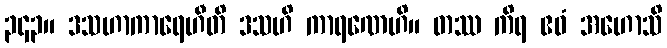
၃၄၃။ ဒသဟာကာရေဟီတိ ဒသဟိ ကာရဏေဟိ။ တဿ ကိရ ဧဝံ အဟောသိ